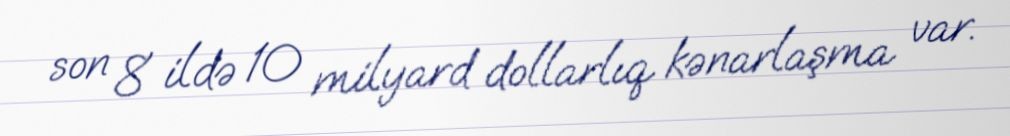
son 8 ildə 10 milyard dollarlıq kənarlaşma var.